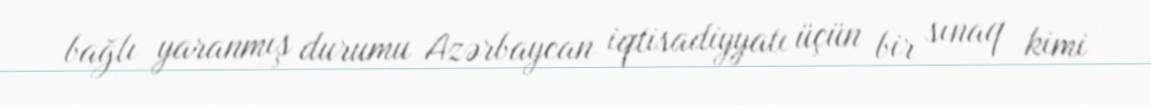
bağlı yaranmış durumu Azərbaycan iqtisadiyyatı üçün bir sınaq kimi